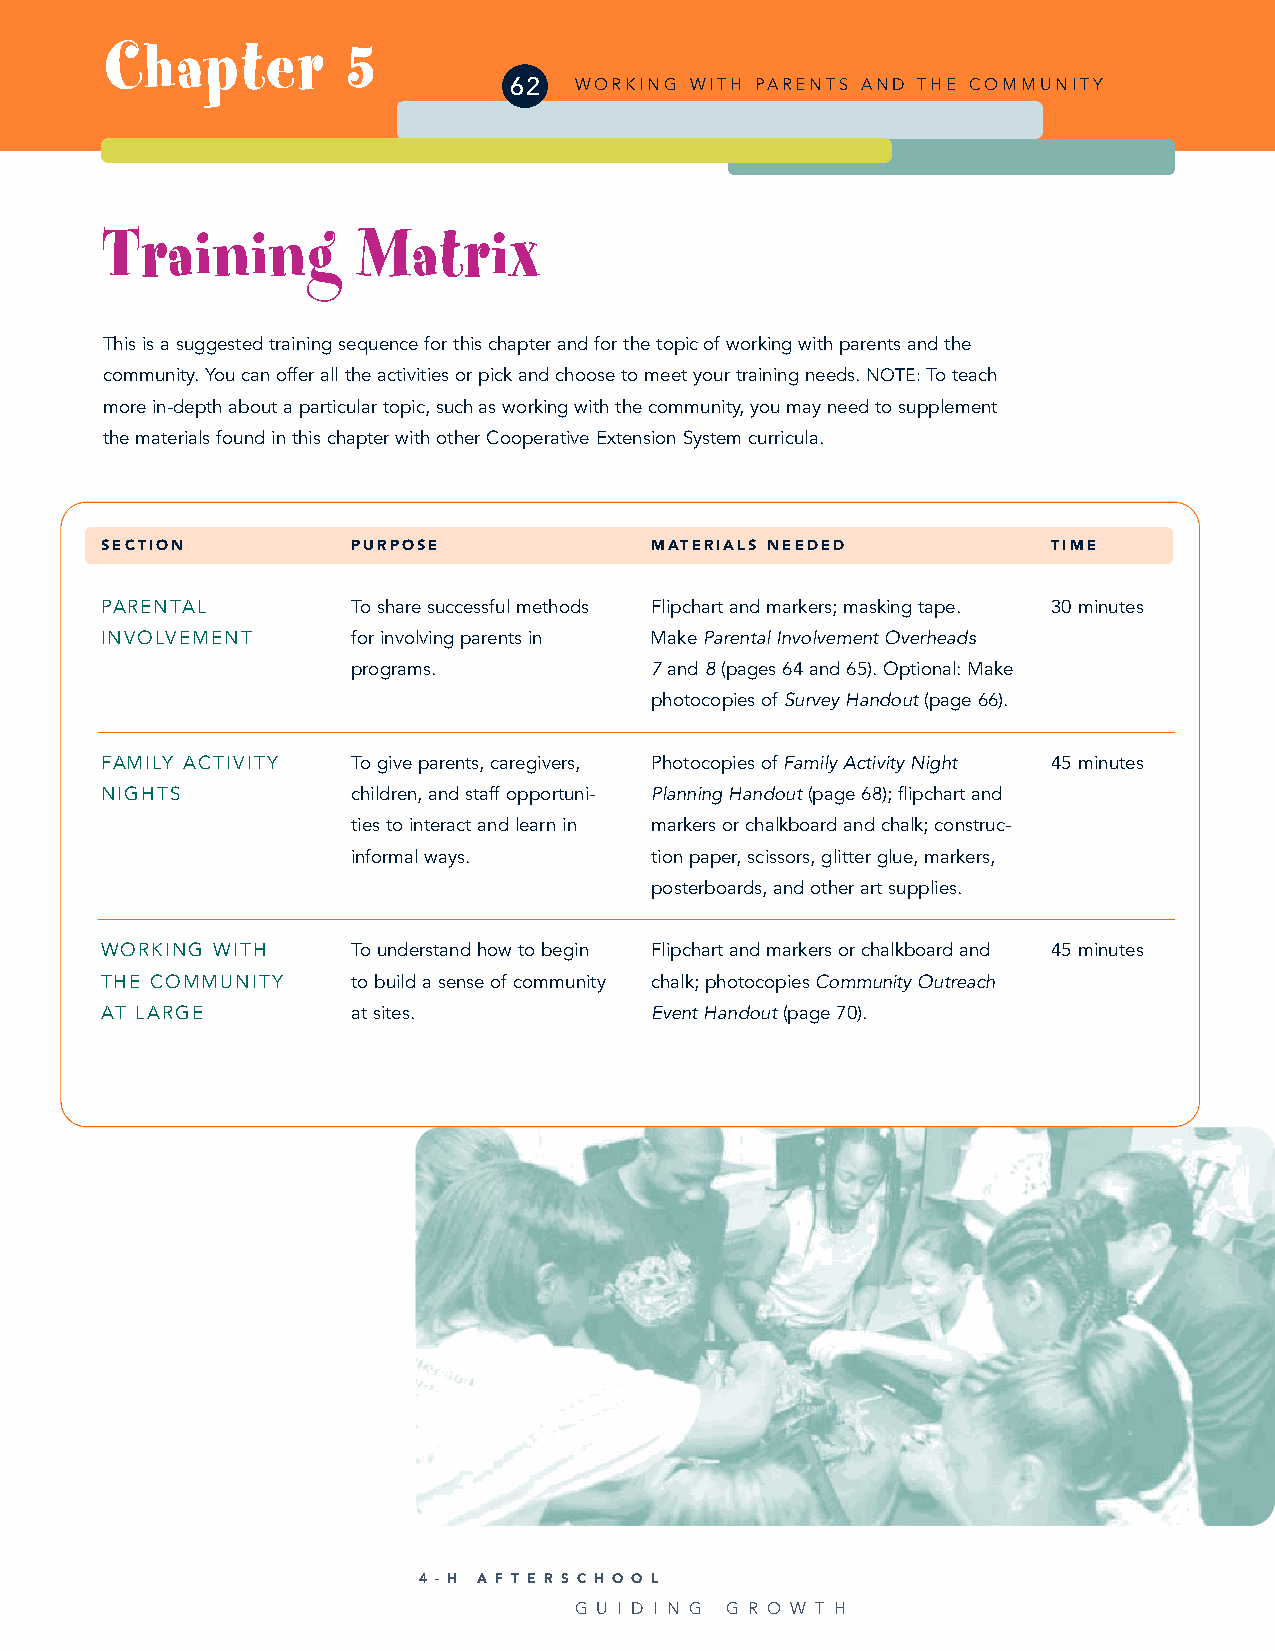
Chapter         5
 62  WORKING WITH PARENTS AND THE COMMUNITY
 Training         Matrix
 This is a suggested training sequence for this chapter and for the topic of working with parents and the
 community. You can offer all the activities or pick and choose to meet your training needs. NOTE:To teach
 more in-depth about a particular topic, such as working with the community, you may need to supplement
 the materials found in this chapter with other Cooperative Extension System curricula.
 SECTION         PURPOSE             MATERIALS NEEDED           TIME
 PARENTAL        To share successful methods Flipchart and markers; masking tape. 30 minutes
 INVOLVEMENT     for involving parents in Make Parental Involvement Overheads
 programs.           7and 8(pages 64 and 65).Optional: Make
 photocopies of Survey Handout(page 66).
 FAMILY ACTIVITY To give parents, caregivers, Photocopies ofFamily Activity Night 45 minutes
 NIGHTS          children, and staff opportuni- Planning Handout(page 68); flipchart and
 ties to interact and learn in markers or chalkboard and chalk; construc-
 informal ways.      tion paper, scissors, glitter glue, markers,
 posterboards, and other art supplies.
 WORKING WITH    To understand how to begin Flipchart and markers or chalkboard and 45 minutes
 THE COMMUNITY   to build a sense of community chalk; photocopies Community Outreach
 AT LARGE        at sites.           Event Handout(page 70).
 4 - H A F T E R S C H O O L
 G U I D I N G G R O W T H